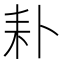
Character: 𦓦